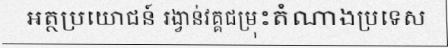
អត្ថប្រយោជន៍ រង្វាន់វគ្គជម្រុះតំណាងប្រទេស